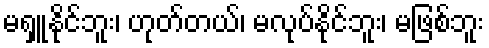
မရှူနိုင်ဘူး၊ ဟုတ်တယ်၊ မလုပ်နိုင်ဘူး၊ မဖြစ်ဘူး